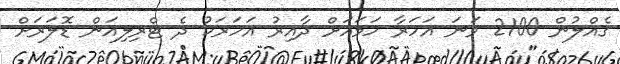
ގެއްލުން 2100 ވަނަ އަހަރާ ހަމައަށް ދާއިރު އަހަރަކު ދެ ޓްރިލިއަން ޑޮލަރަށް